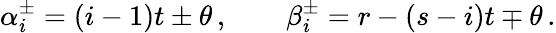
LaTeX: \alpha_{i}^{\pm}=(i-1)t\pm\theta\, ,\qquad\beta_{i}^{\pm}=r-(s-i)t\mp\theta\, .